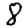
Digit: 8